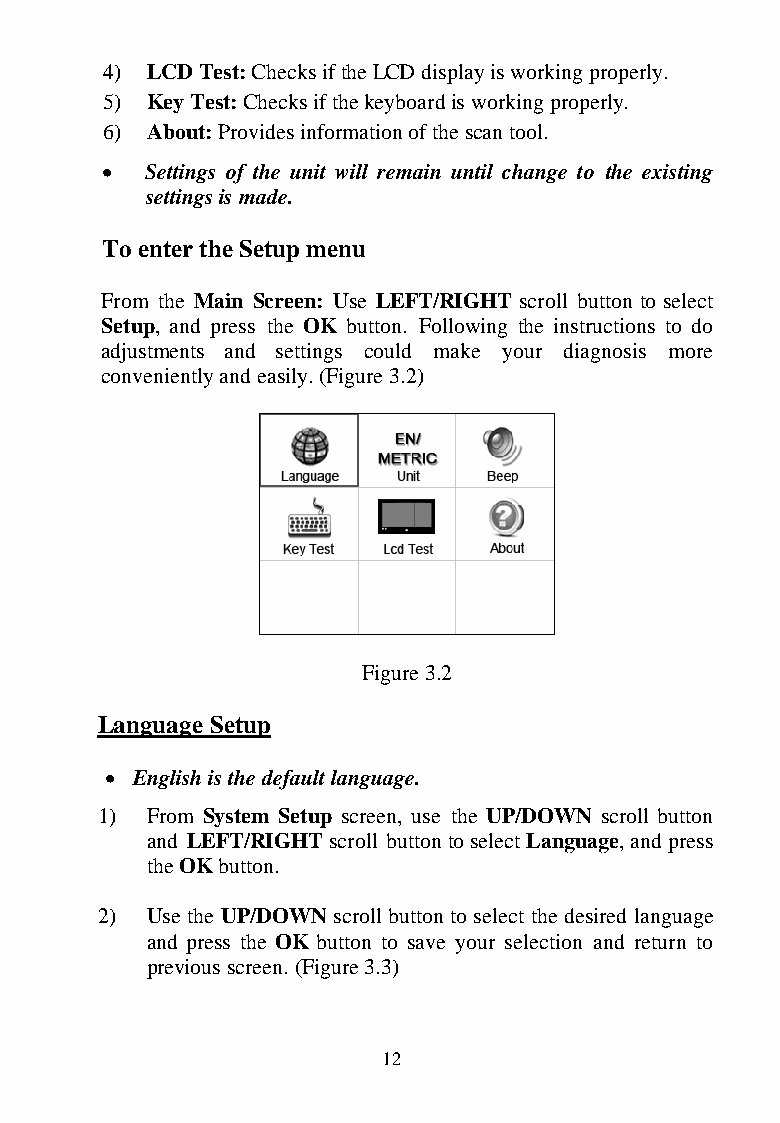
4) LCD Test: Checks if the LCD display is working properly.
 5) Key Test: Checks if the keyboard is working properly.
 6) About: Provides information of the scan tool.
   Settings of the unit will remain until change to the existing
 settings is made.
 To enter the Setup menu
 From the Main Screen: Use LEFT/RIGHT scroll button to select
 Setup, and press the OK button. Following the instructions to do
 adjustments and settings could make your diagnosis more
 conveniently and easily. (Figure 3.2)
 Figure 3.2
 Language Setup
  English is the default language.
 1)  From System Setup screen, use the UP/DOWN scroll button
 and LEFT/RIGHT scroll button to select Language, and press
 the OK button.
 2)  Use the UP/DOWN scroll button to select the desired language
 and press the OK button to save your selection and return to
 previous screen. (Figure 3.3)
 12